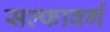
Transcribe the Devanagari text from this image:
सल्फावर्ग